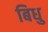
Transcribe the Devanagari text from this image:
बिधु